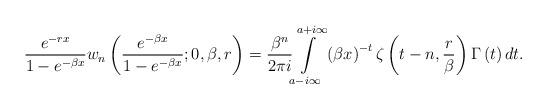
LaTeX: \begin{align*}\frac{e^{-rx}}{1-e^{-\beta x}}w_{n}\left( \frac{e^{-\beta x}}{1-e^{-\beta x}};0,\beta,r\right) =\frac{\beta^{n}}{2\pi i}{\displaystyle\int\limits_{a-i\infty}^{a+i\infty}}\left( \beta x\right) ^{-t}\zeta\left( t-n,\frac{r}{\beta}\right)\Gamma\left( t\right) dt. \end{align*}